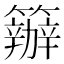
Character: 𥷁